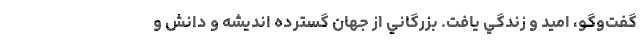
گفت‌وگو، اميد و زندگي يافت. بزرگاني از جهان گسترده انديشه و دانش و